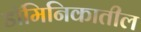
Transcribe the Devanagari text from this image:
डॉमिनिकातील